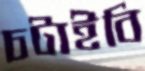
চটাইবি